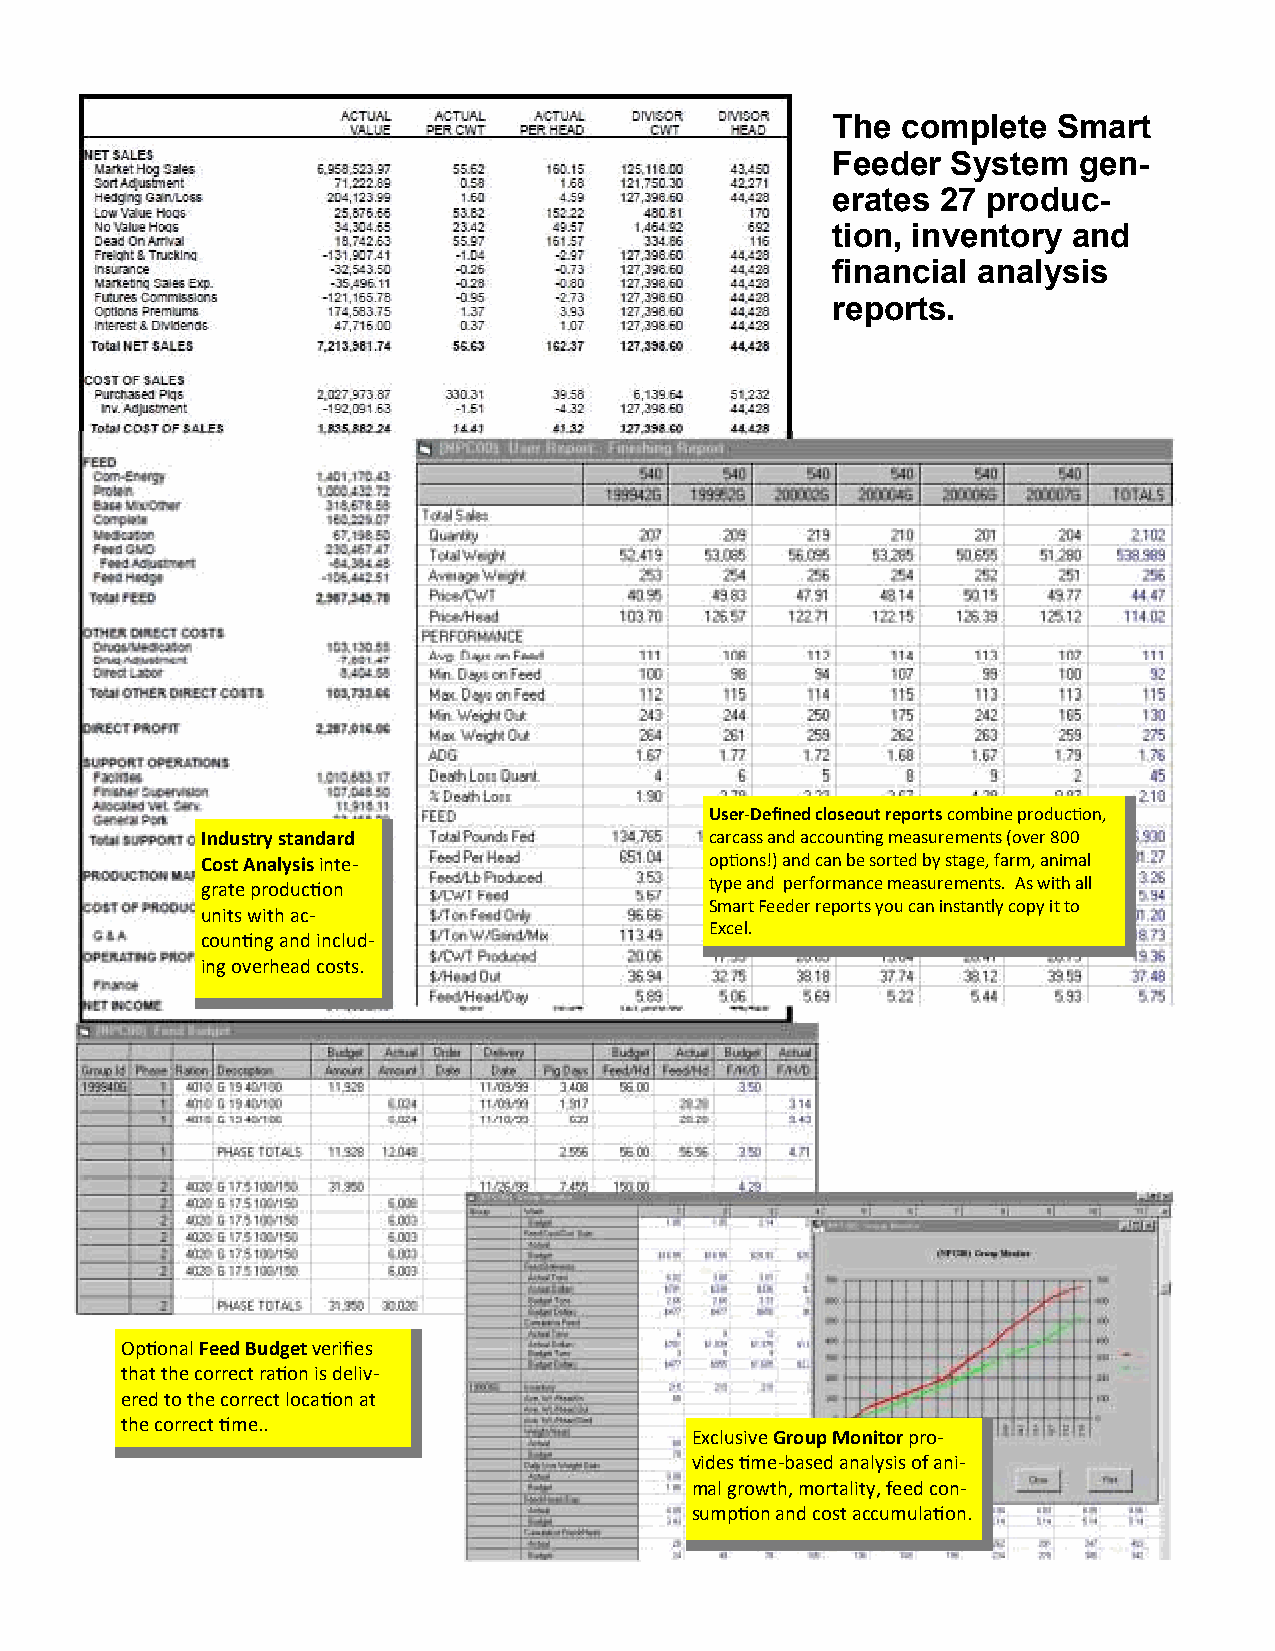
The  complete  Smart
 Feeder  System  gen-
 erates 27 produc-
 tion, inventory and
 financial analysis
 reports.
 User-Defined closeout reports combine produc)on,
 Industry standard                 carcass and accoun)ng measurements (over 800
 Cost Analysis inte-               op)ons!) and can be sorted by stage, farm, animal
 grate produc)on                   type and performance measurements. As with all
 Smart Feeder reports you can instantly copy it to
 units with ac-
 Excel.
 coun)ng and includ-
 ing overhead costs.
 Op)onal Feed Budget verifies
 that the correct ra)on is deliv-
 ered to the correct loca)on at
 the correct )me..
 Exclusive Group Monitor pro-
 vides )me-based analysis of ani-
 mal growth, mortality, feed con-
 sump)on and cost accumula)on.